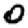
Digit: 0